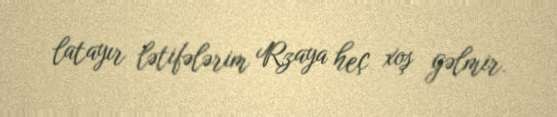
latayır lətifələrim Rzaya heç xoş gəlmir.